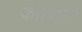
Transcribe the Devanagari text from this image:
कोहड़ोरा